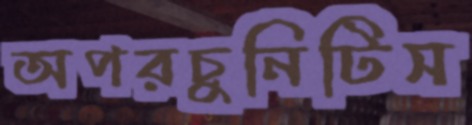
অপরচুনিটিস